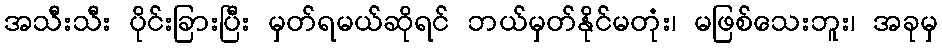
အသီးသီး ပိုင်းခြားပြီး မှတ်ရမယ်ဆိုရင် ဘယ်မှတ်နိုင်မတုံး၊ မဖြစ်သေးဘူး၊ အခုမှ